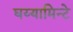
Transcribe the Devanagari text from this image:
घय्यामिन्टे